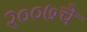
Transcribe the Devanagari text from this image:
२००७चे